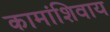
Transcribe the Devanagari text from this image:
कामांशिवाय